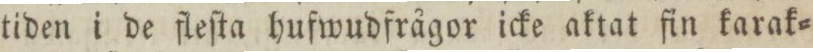
tiden i de fleſta hufwudfrågor icke aktat fin karak=